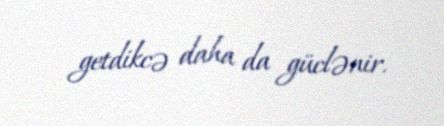
getdikcə daha da güclənir.